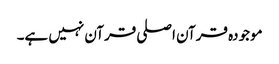
موجودہ قرآن اصلی قرآن نہیں ہے۔